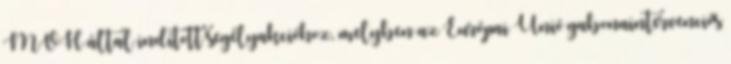
MVH által indított segélyakcióhoz, melyben az Európai Unió gabonaintervenciós